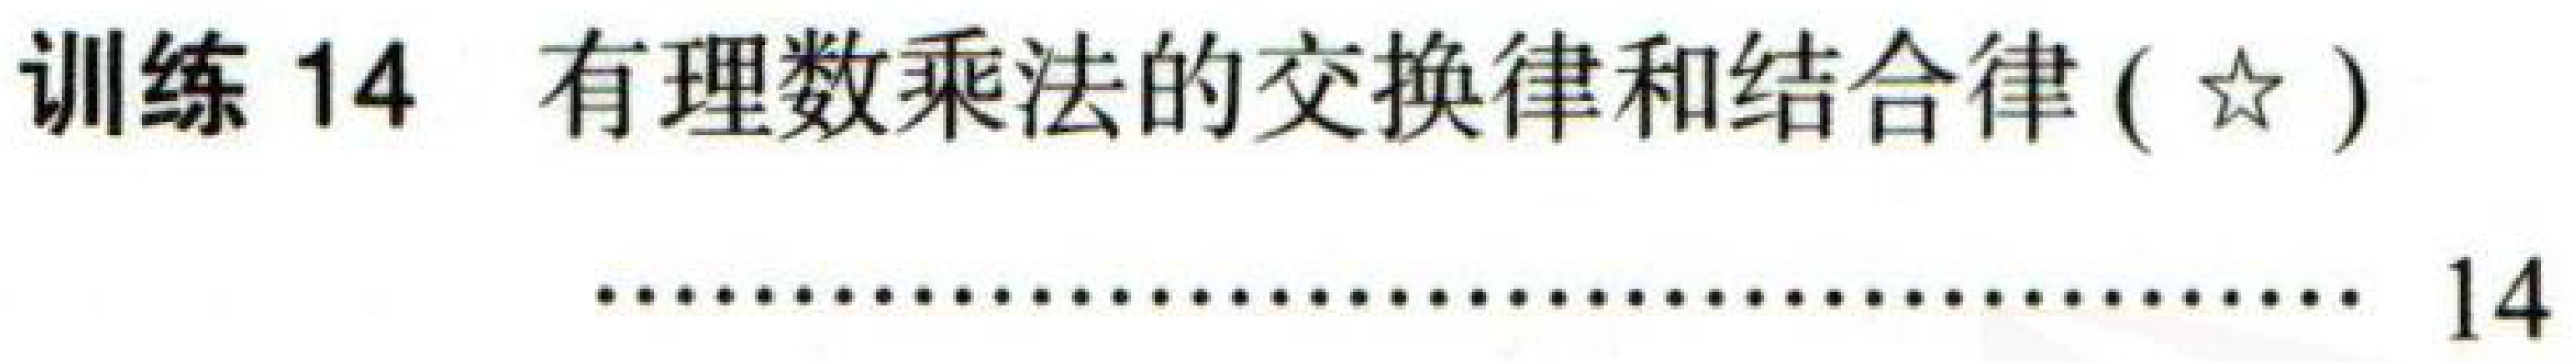
训练 14 有理数乘法的交换律和结合律(☆) ................................................................................ 14